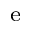
_ \mathrm { e }